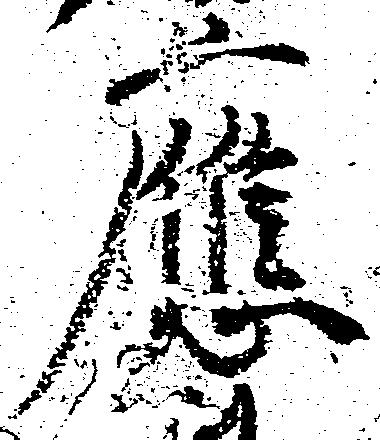
応